Vaccination United Provinces of Agra and Oudh 1914-1922 - 1914-1922
Year: 1914
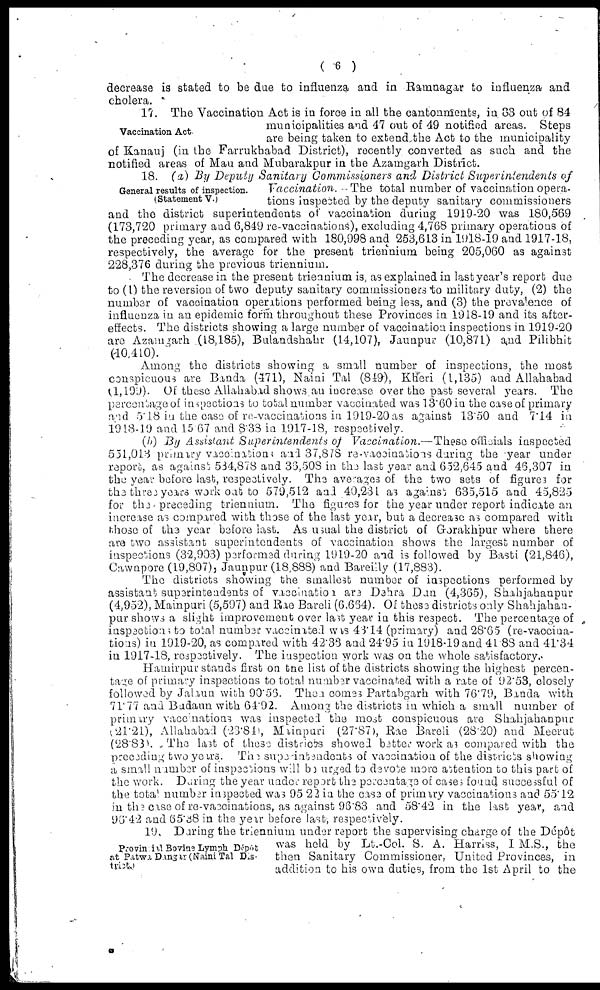
( 6 )
decrease is stated to be due to influenza and in Ramnagar to influenza and
cholera.
Vaccination Act
17. The Vaccination Act is in force in all the cantonments, in 83 out of 84
municipalities and 47 out of 49 notified areas. Steps
are being taken to extend the Act to the municipality
of Kanauj (in the Farrukhabad District), recently converted as such and the
notified areas of Mau and Mubarakpur in the Azamgarh District.
General results of inspection.
(Statement V.)
18. (a) By Deputy Sanitary Commissioners and District Superintendents of
Vaccination. The total number of vaccination opera-
tions inspected by the deputy sanitary commissioners
and the district superintendents of vaccination during 1919-20 was 180,569
(173,720 primary and 6,849 re-vaccinations), excluding 4,768 primary operations of
the preceding year, as compared with 180,998 and 253,613 in 1918-19 and 1917-18,
respectively, the average for the present triennium being 205,060 as against
228,376 during the previous triennium.
The decrease in the present triennium is, as explained in last year's report due
to (1) the reversion of two deputy sanitary commissioners to military duty, (2) the
number of vaccination operations performed being less, and (3) the prevalence of
influenza in an epidemic form throughout these Provinces in 1918-19 and its after-
effects. The districts showing a large number of vaccination inspections in 1919-20
are Azamgarh (18,185), Bulandshahr (14,107), Jaunpur (10,871) and Pilibhit
(10,410).
Among the districts showing a small number of inspections, the most
conspicuous are Banda (471), Naini Tal (849), Kheri (1,135) and Allahabad
(1,199). Of these Allahabad shows an increase over the past several years. The
percentage of inspections to total number vaccinated was 13.60 in the case of primary
and 5.18 in the case of re-vaccinations in 1919-20 as against 13.50 and 7.14 in
1918-19 and 15.67 and 8.38 in 1917-18, respectively.
(b) By Assistant Superintendents of Vaccination.—These officials inspected
551,013 primary vaccinations and 37,878 re-vaccinations during the year under
report, as against 534,878 and 36,508 in the last year and 652,645 and 46,307 in
the year before last, respectively. The averages of the two sets of figures for
the three years work out to 579,512 and 40,234 as against 635,515 and 45,825
for the preceding triennium. The figures for the year under report indicate an
increase as compared with those of the last year, but a decrease as compared with
those of the year before last. As usual the district of Gorakhpur where there
are two assistant superintendents of vaccination shows the largest number of
inspections (32,903) performed during 1919-20 and is followed by Basti (21,846),
Cawnpore (19,807), Jaunpur (18,888) and Bareilly (17,883).
The districts showing the smallest number of inspections performed by
assistant superintendents of vaccination are Dehra Dun (4,365), Shahjahanpur
(4,952), Mainpuri (5,597) and Rae Bareli (6,664). Of these districts only Shahjahan-
pur shows a slight improvement over last year in this respect. The percentage of
inspections to total number vaccinated was 43.14 (primary) and 28.65 (re-vaccina-
tions) in 1919-20, as compared with 42.38 and 24.95 in 1918-19and 41.88 and 41.34
in 1917-18, respectively. The inspection work was on the whole satisfactory.
Hamirpur stands first on the list of the districts showing the highest percen-
tage of primary inspections to total number vaccinated with a rate of 92.53, closely
followed by Jalaun with 90.56. Then comes Partabgarh with 76.79, Banda with
71.77 and Badaun with 64.92. Among the districts in which a small number of
primary vaccinations was inspected the most conspicuous are Shahjahanpur
(21.21), Allahabad (23.84), Mainpuri (27.87), Rae Bareli (28.20) and Meerut
(28.83). The last of these districts showed better work as compared with the
preceding two years. The superintendents of vaccination of the districts showing
a small number of inspections will be urged to devote more attention to this part of
the work. During the year under report the percentage of cases found successful of
the total number inspected was 95.22 in the case of primary vaccinations and 55.12
in the case of re-vaccinations, as against 96.83 and 58.42 in the last year, and
96.42 and 65.38 in the year before last, respectively.
Provincial Bovine Lymph Dépôt
at Patwa Dangar (Naini Tal Dis-
trict.)
19. During the triennium under report the supervising charge of the Dépôt
was held by Lt.-Col. S. A. Harriss, I.M.S., the
then Sanitary Commissioner, United Provinces, in
addition to his own duties, from the 1st April to the